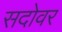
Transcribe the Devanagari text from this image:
सदोवर